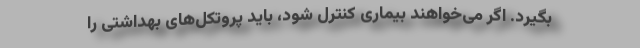
بگیرد. اگر می‌خواهند بیماری کنترل شود، باید پروتکل‌های بهداشتی را